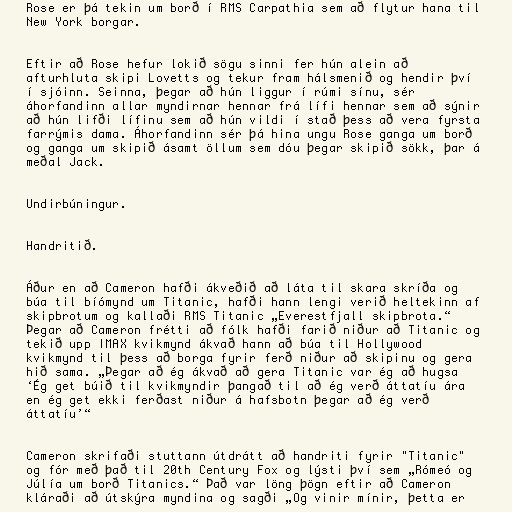
Rose er þá tekin um borð í RMS Carpathia sem að flytur hana til
New York borgar.

Eftir að Rose hefur lokið sögu sinni fer hún alein að
afturhluta skipi Lovetts og tekur fram hálsmenið og hendir því
í sjóinn. Seinna, þegar að hún liggur í rúmi sínu, sér
áhorfandinn allar myndirnar hennar frá lífi hennar sem að sýnir
að hún lifði lífinu sem að hún vildi í stað þess að vera fyrsta
farrýmis dama. Áhorfandinn sér þá hina ungu Rose ganga um borð
og ganga um skipið ásamt öllum sem dóu þegar skipið sökk, þar á
meðal Jack.

Undirbúningur.

Handritið.

Áður en að Cameron hafði ákveðið að láta til skara skríða og
búa til bíómynd um Titanic, hafði hann lengi verið heltekinn af
skipbrotum og kallaði RMS Titanic „Everestfjall skipbrota.“
Þegar að Cameron frétti að fólk hafði farið niður að Titanic og
tekið upp IMAX kvikmynd ákvað hann að búa til Hollywood
kvikmynd til þess að borga fyrir ferð niður að skipinu og gera
hið sama. „Þegar að ég ákvað að gera Titanic var ég að hugsa
‘Ég get búið til kvikmyndir þangað til að ég verð áttatíu ára
en ég get ekki ferðast niður á hafsbotn þegar að ég verð
áttatíu’“

Cameron skrifaði stuttann útdrátt að handriti fyrir "Titanic"
og fór með það til 20th Century Fox og lýsti því sem „Rómeó og
Júlía um borð Titanics.“ Það var löng þögn eftir að Cameron
kláraði að útskýra myndina og sagði „Og vinir mínir, þetta er